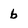
Character: b